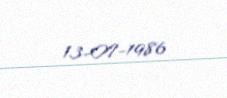
13-07-1986